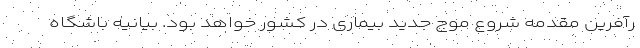
رآفرین مقدمه شروع موج جدید بیماری در کشور خواهد بود. بیانیه باشگاه